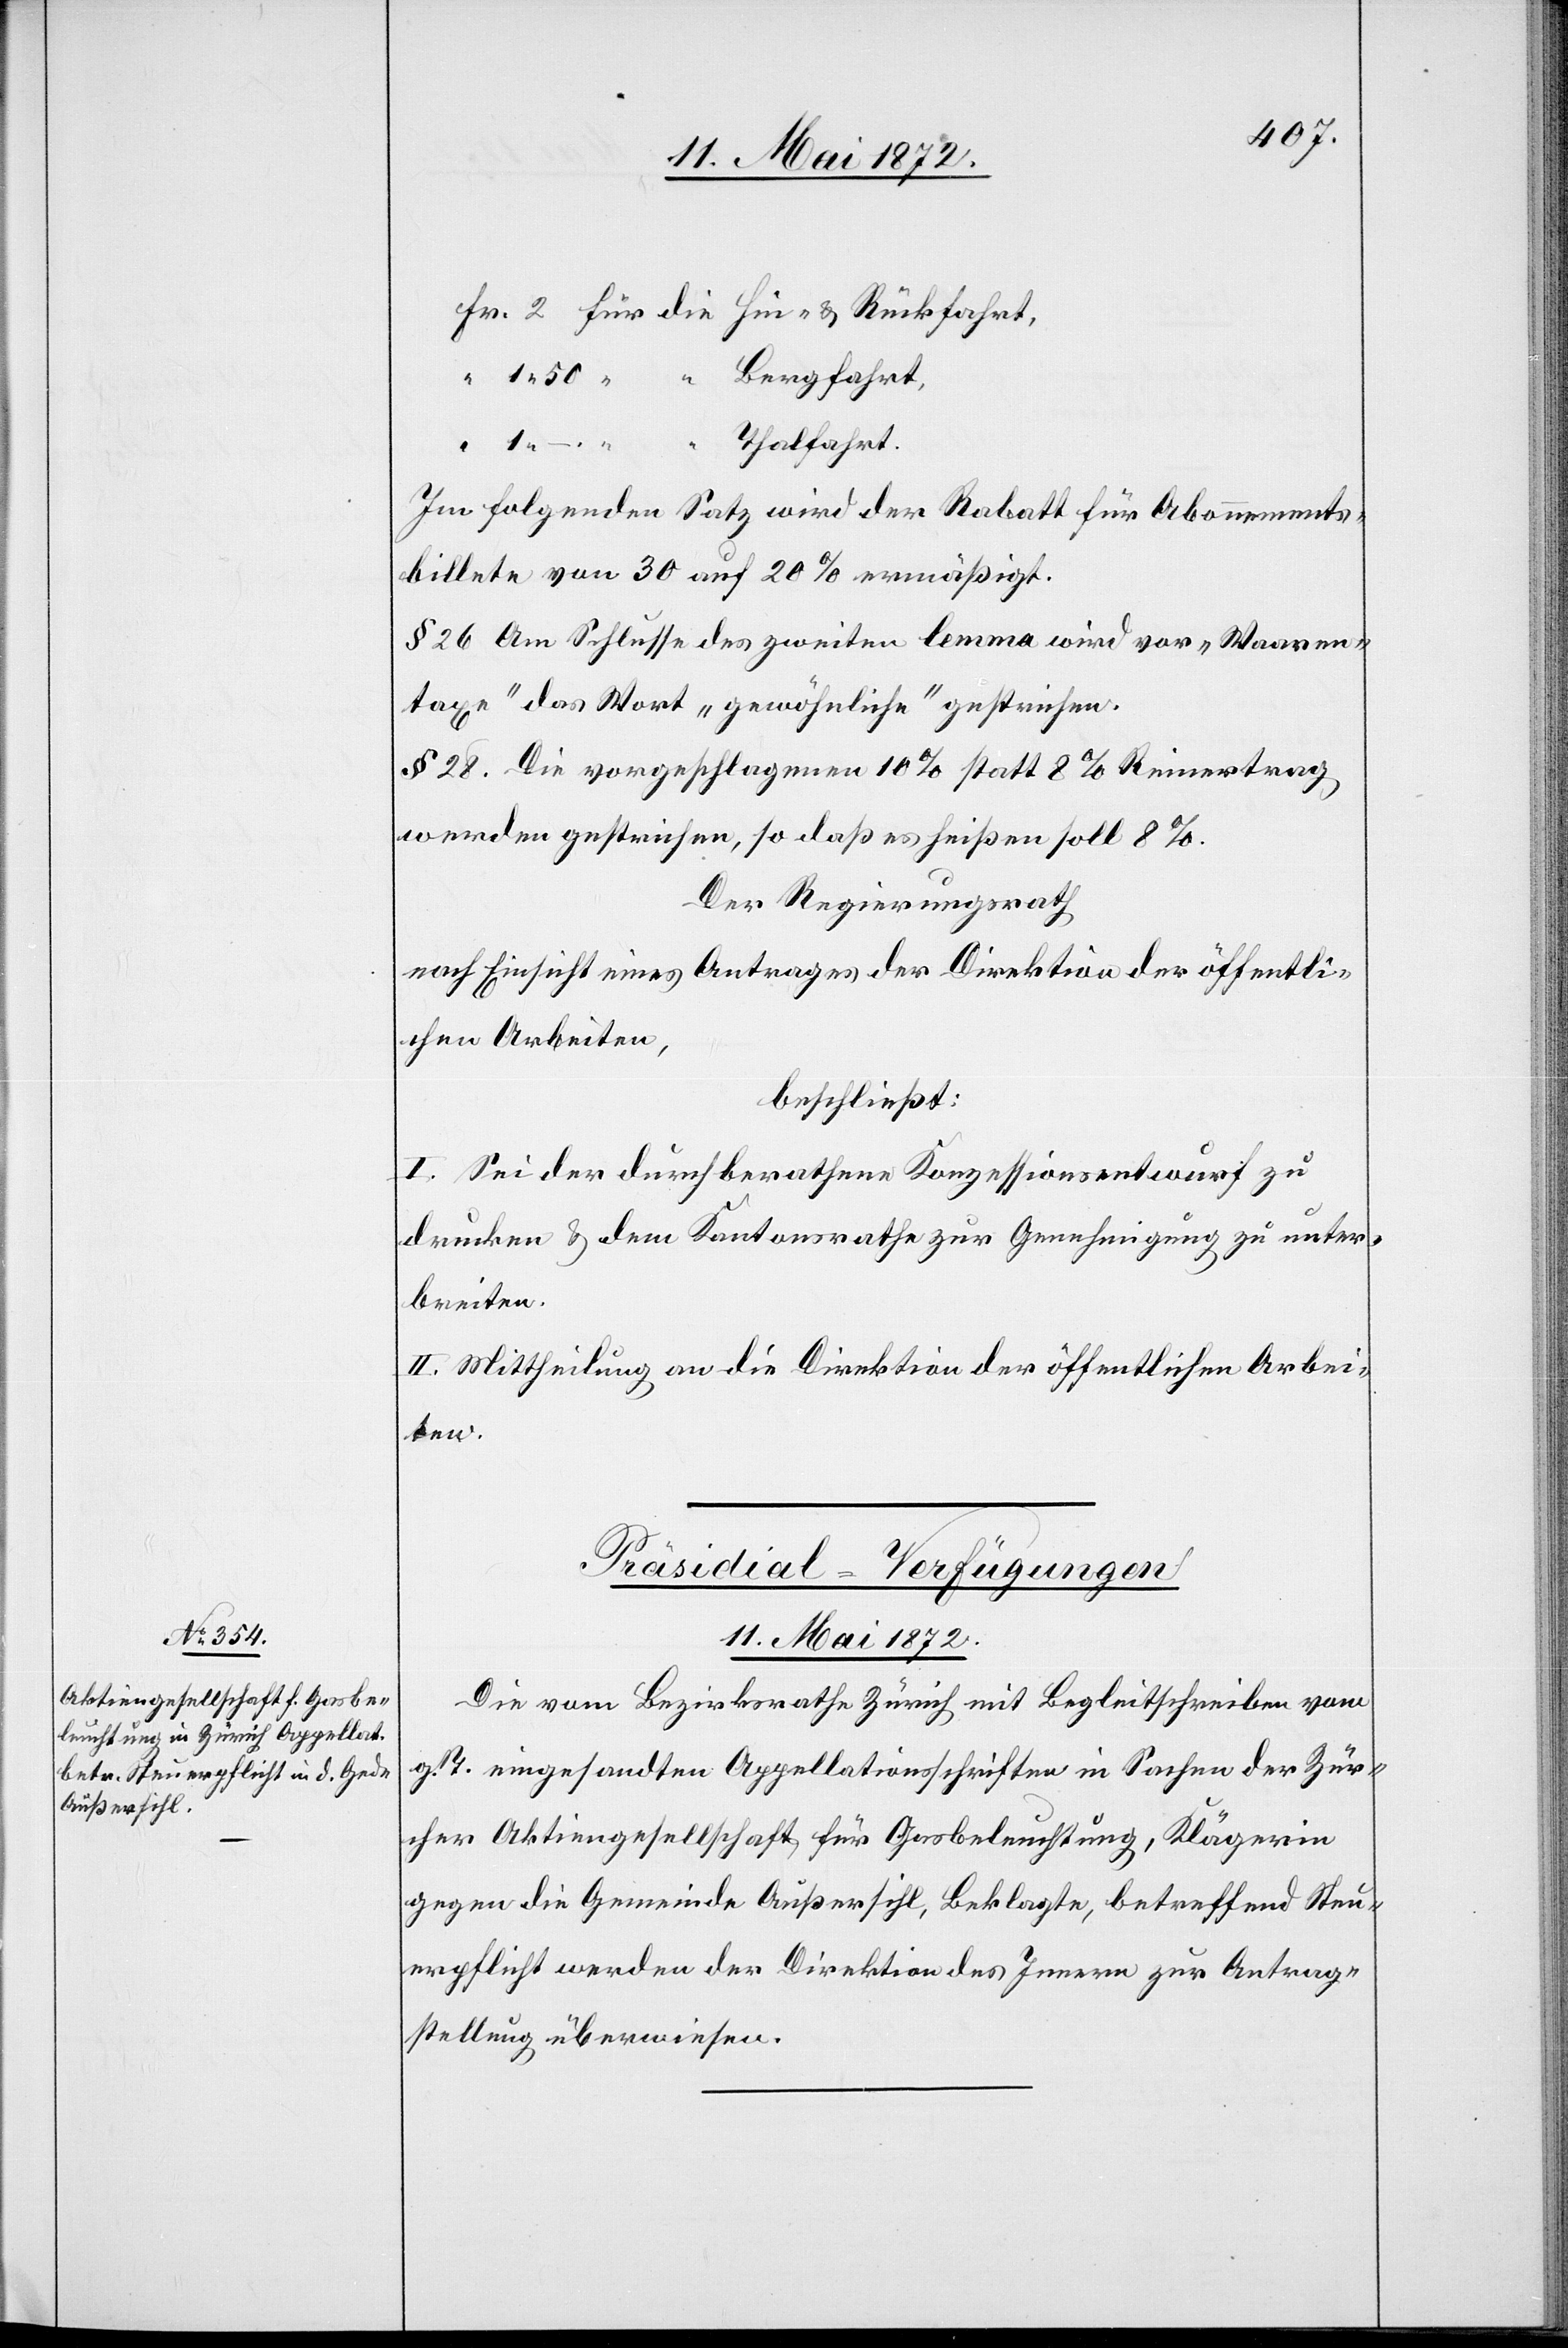
Thalfahrt.
Im folgenden Satz wird der Rabatt für Abonnements¬
billete von 30 auf 20 % ermäßigt.
§ 26. Am Schlusse des zweiten lemma wird vor „Waaren¬
taxe“ das Wort „gewöhnliche“ gestrichen.
§ 28. Die vorgeschlagenen 10 % statt 8 % Reinertrag
werden gestrichen, so daß es heissen soll 8 %.
Der Regierungsrath
nach Einsicht eines Antrages der Direktion der öffentli¬
chen Arbeiten,
beschließt:
I. Sei der durchberathene Konzessionsentwurf zu
drucken u. dem Kantonsrathe zur Genehmigung zu unter¬
breiten.
II. Mittheilung an die Direktion der öffentlichen Arbei¬
ten.
Präsidial-Verfügungen
11. Mai 1872.
Die vom Bezirksrathe Zürich mit Begleitschreiben vom
g. T. eingesandten Appellationsschriften in Sachen der Zür¬
cher Aktiengesellschaft für Gasbeleuchtung, Klägerin
gegen die Gemeinde Außersihl, Beklagte, betreffend Steu¬
erpflicht werden der Direktion des Innern zur Antrag¬
stellung überwiesen.